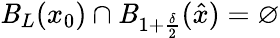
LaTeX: \mathit{B}_{L}(x_{0})\cap\mathit{B}_{1+\frac{{\delta}}{{2}}}(\hat{{x}})=\varnothing